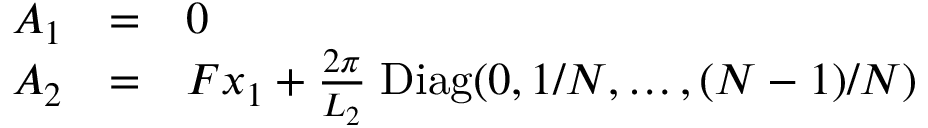
\begin{array} { l l l } { { A _ { 1 } } } & { { = } } & { { 0 } } \\ { { A _ { 2 } } } & { { = } } & { { F x _ { 1 } + \frac { 2 \pi } { L _ { 2 } } \; \mathrm { D i a g } ( 0 , 1 / N , \ldots , ( N - 1 ) / N ) } } \end{array}